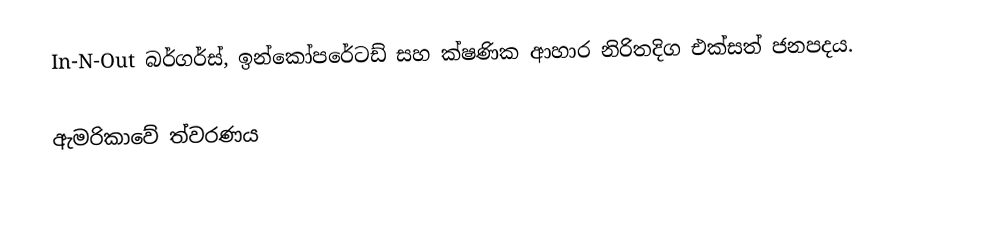
In-N-Out බර්ගර්ස්, ඉන්කෝපරේටඩ් සහ  ක්ෂණික ආහාර නිරිතදිග එක්සත් ජනපදය.

 ඇමරිකාවේ ත්වරණය